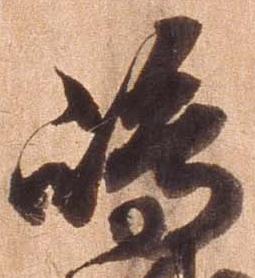
島